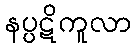
နပ္ပဋိကူလာ